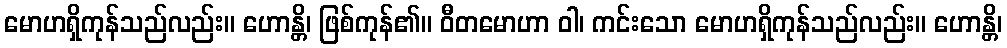
မောဟရှိကုန်သည်လည်း။ ဟောန္တိ၊ ဖြစ်ကုန်၏။ ဝီတမောဟာ ဝါ၊ ကင်းသော မောဟရှိကုန်သည်လည်း။ ဟောန္တိ၊